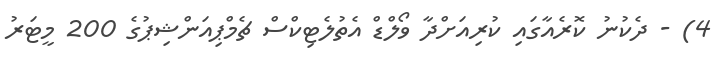
4) - ދެކުނު ކޮރެއާގައި ކުރިއަށްދާ ވޯލްޑް އެތުލެޓިކްސް ޗެމްޕިއަންޝިޕުގެ 200 މީޓަރު